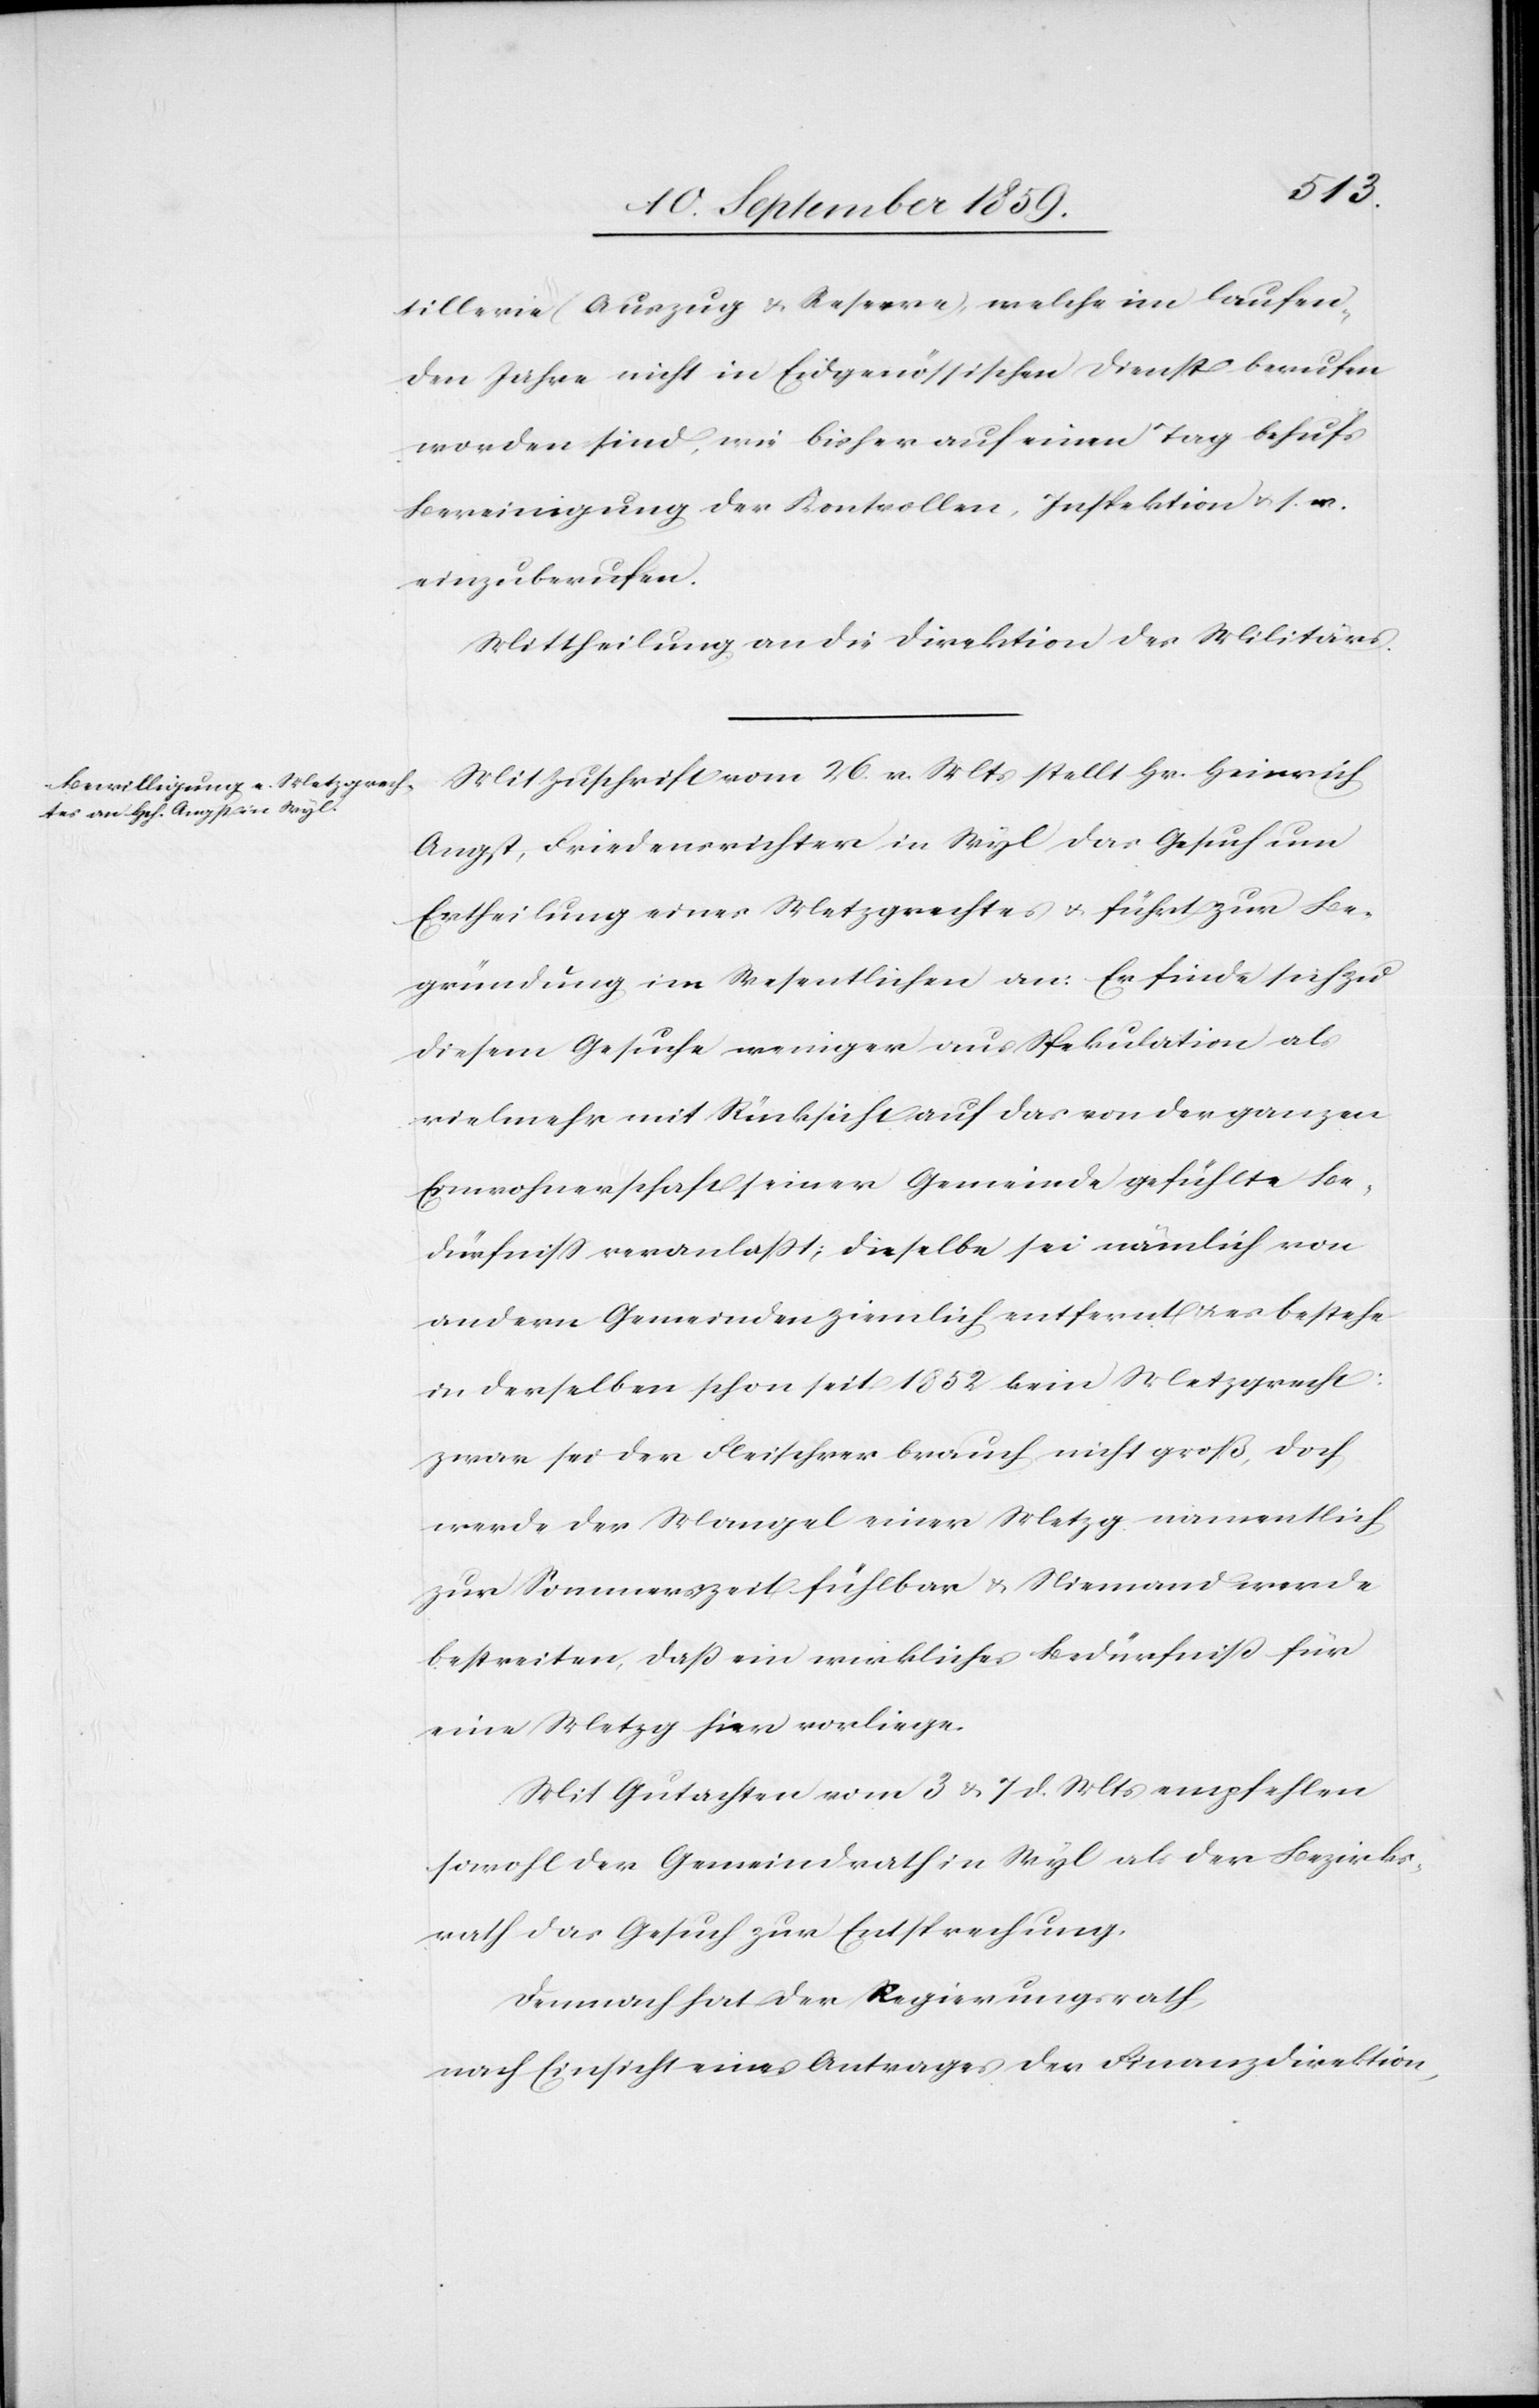
tillerie (Auszug & Reserve), welche im laufen¬
den Jahre nicht in Eidgenössischen Dienst berufen
worden sind, wie bisher auf einen Tag behufs
Bereinigung der Kontrollen, Inspektion &. s. w.
einzuberufen.
Mittheilung an die Direktion des Militärs.
Mit Zuschrift vom 26. v. Mts. stellt Hr. Heinrich
Angst, Friedensrichter in Wyl das Gesuch um
Ertheilung eines Metzgrechtes & führt zur Be¬
gründung im Wesentlichen an: Er finde sich zu
diesem Gesuche weniger aus Spekulation als
vielmehr mit Rücksicht auf das von der ganzen
Einwohnerschaft einer Gemeinde gefühlte Be¬
dürfniß veranlaßt; dieselbe sei nämlich von
andern Gemeinden ziemlich entfernt & es bestehe
in derselben schon seit 1852 kein Metzgrecht:
zwar sei der Fleischverbrauch nicht groß, doch
werde der Mangel einer Metzg namentlich
zur Sommerszeit fühlbar & Niemand werde
bestreiten, daß ein wirkliches Bedürfniß für
eine Metzg hier vorliege.
Mit Gutachten vom 3 & 7 d. Mts. empfehlen
sowohl der Gemeindrath in Wyl als der Bezirks¬
rath das Gesuch zur Entsprechung.
Demnach hat der Regierungsrath,
nach Einsicht eines Antrages der Finanzdirektion,